Civil Veterinary Dept. Bombay admin report 1893-99 - 1893-1899
Year: 1893
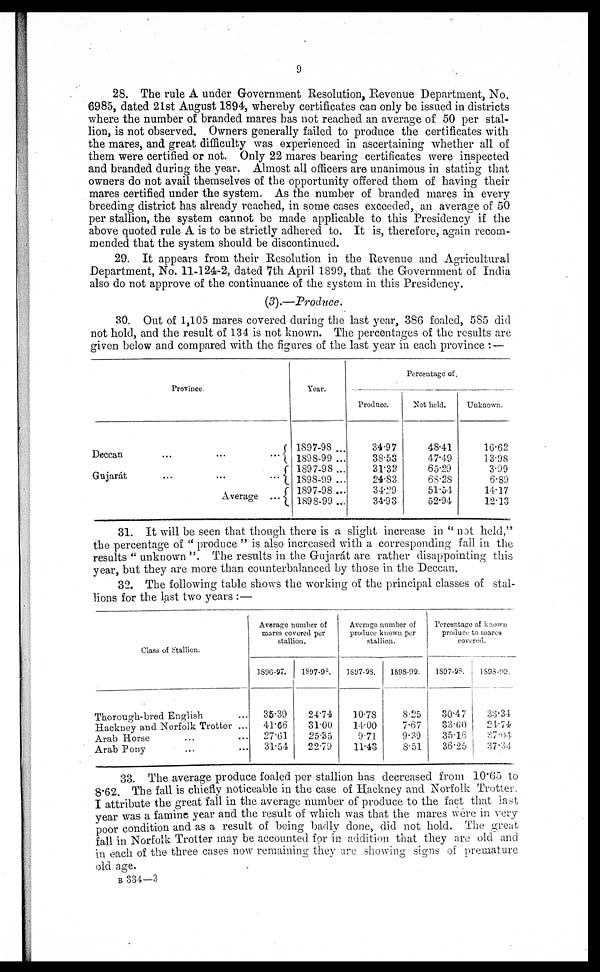
9
28. The rule A under Government Resolution, Revenue Department, No.
6985, dated 21st August 1894, whereby certificates can only be issued in districts
where the number of branded mares has not reached an average of 50 per stal-
lion, is not observed. Owners generally failed to produce the certificates with
the mares, and great difficulty was experienced in ascertaining whether all of
them were certified or not. Only 22 mares bearing certificates were inspected
and branded during the year. Almost all officers are unanimous in stating that
owners do not avail themselves of the opportunity offered them of having their
mares certified under the system. As the number of branded mares in every
breeding district has already reached, in some cases exceeded, an average of 50
per stallion, the system cannot be made applicable to this Presidency if the
above quoted rule A is to be strictly adhered to. It is, therefore, again recom-
mended that the system should be discontinued.
29. It appears from their Resolution in the Revenue and Agricultural
Department, No. 11-124-2, dated 7th April 1899, that the Government of India
also do not approve of the continuance of the system in this Presidency.
(3).—Produce.
30. Out of 1,105 mares covered during the last year, 386 foaled, 585 did
not hold, and the result of 134 is not known. The percentages of the results are
given below and compared with the figures of the last year in each province:—
Province.
Deccan
...
...
...
Gujarát ... ... ...
Average ...
Year.
1897-98 ...
1898-99 ...
1897-98 ...
1898-99 ...
1897-98 ...
1898-99 ...
Percentage of.
Produce.
34.97
38.53
31.32
24.83
34.29
34.93
Not held.
48.41
47.49
65.29
68.28
51.54
52.94
Unknown.
16.62
13.98
3.99
6.89
14.17
12.13
31. It will be seen that though there is a slight increase in "not held,"
the percentage of "produce" is also increased with a corresponding fall in the
results "unknown". The results in the Gujarát are rather disappointing this
year, but they are more than counterbalanced by those in the Deccan.
32. The following table shows the working of the principal classes of stal-
lions for the last two years:—
Class of Stallion.
Thorough-bred English ...
Hackney and Norfolk Trotter ...
Arab Horse ... ...
Arab Pony ... ...
Average number of
mares covered per
stallion.
1896-97.
35.39
41.66
27.61
31.54
1897-98.
24.74
31.00
25.35
22.79
Average number of
produce known per
stallion.
1897-98.
10.78
14.00
9.71
11.43
1898-99.
8.25
7.67
9.39
8.51
Percentage of known
produce to mares
covered.
1897-98.
30.47
33.60
35.16
36.25
1898-99.
33.34
24.74
37.04
37.34
33. The average produce foaled per stallion has decreased from 10.65 to
8.62. The fall is chiefly noticeable in the case of Hackney and Norfolk Trotter.
I attribute the great fall in the average number of produce to the fact that last
year was a famine year and the result of which was that the mares were in very
poor condition and as a result of being badly done, did not hold. The great
fall in Norfolk Trotter may be accounted for in addition that they are old and
in each of the three cases now remaining they are showing signs of premature
old age.
B 334—3